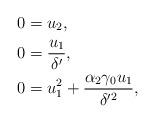
LaTeX: \begin{align*}0&=u_2,\\0&=\dfrac{u_1}{\delta'} ,\\0&=u_1^2+\dfrac{\alpha_2\gamma_0 u_1}{\delta'^2},\end{align*}